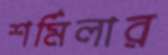
শর্মিলার